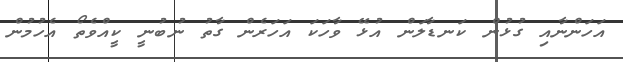
އަހަންނާއި ގުޅުން ކަނޑާލަން އުޅޭ ވާހަކަ އަހަރެން ގާތު ނުބުނީ ކީއްވެތޯ އެހުމުން